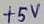
Text: +5V